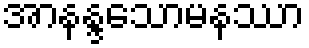
အာနန္ဒသောမနဿာ